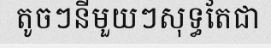
តូចៗនីមួយៗសុទ្ធតែជា